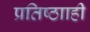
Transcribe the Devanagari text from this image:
प्रतिष्ठााही